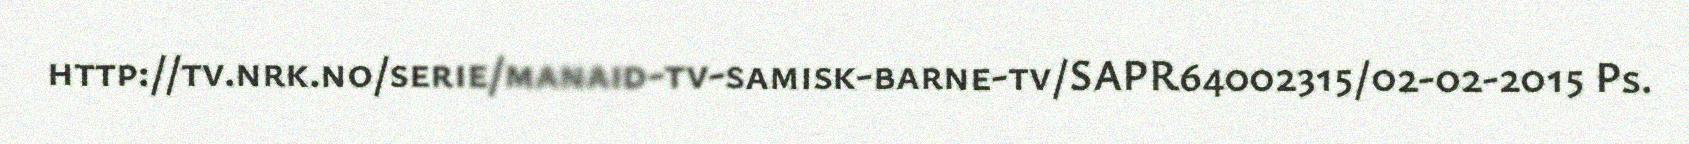
http://tv.nrk.no/serie/manaid-tv-samisk-barne-tv/SAPR64002315/02-02-2015 Ps.